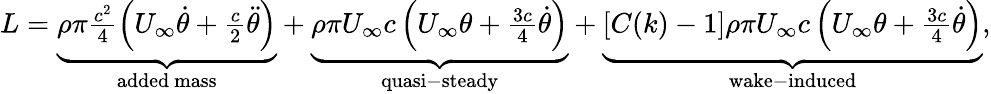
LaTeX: \begin{array}{r}{L=\underbrace{\rho\pi\frac{c^{2}}{4}\left(U_{\infty}\dot{\theta}+\frac{c}{2}\ddot{\theta}\right)}_{\mathrm{added~mass}}+\underbrace{\rho\pi U_{\infty}c\left(U_{\infty}\theta+\frac{3c}{4}\dot{\theta}\right)}_{\mathrm{quasi-steady}}+\underbrace{\left[C(k)-1\right]\rho\pi U_{\infty}c\left(U_{\infty}\theta+\frac{3c}{4}\dot{\theta}\right)}_{\mathrm{wake-induced}},}\end{array}